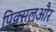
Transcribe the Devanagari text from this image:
पिक्सलऔर